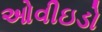
ઓવીઇડો